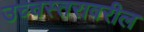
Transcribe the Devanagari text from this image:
उच्चस्तरावरील